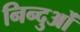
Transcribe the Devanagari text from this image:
निन्दुओं